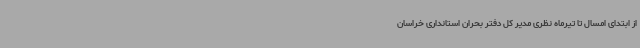
از ابتدای امسال تا تیرماه نظری مدیر کل دفتر بحران استانداری خراسان